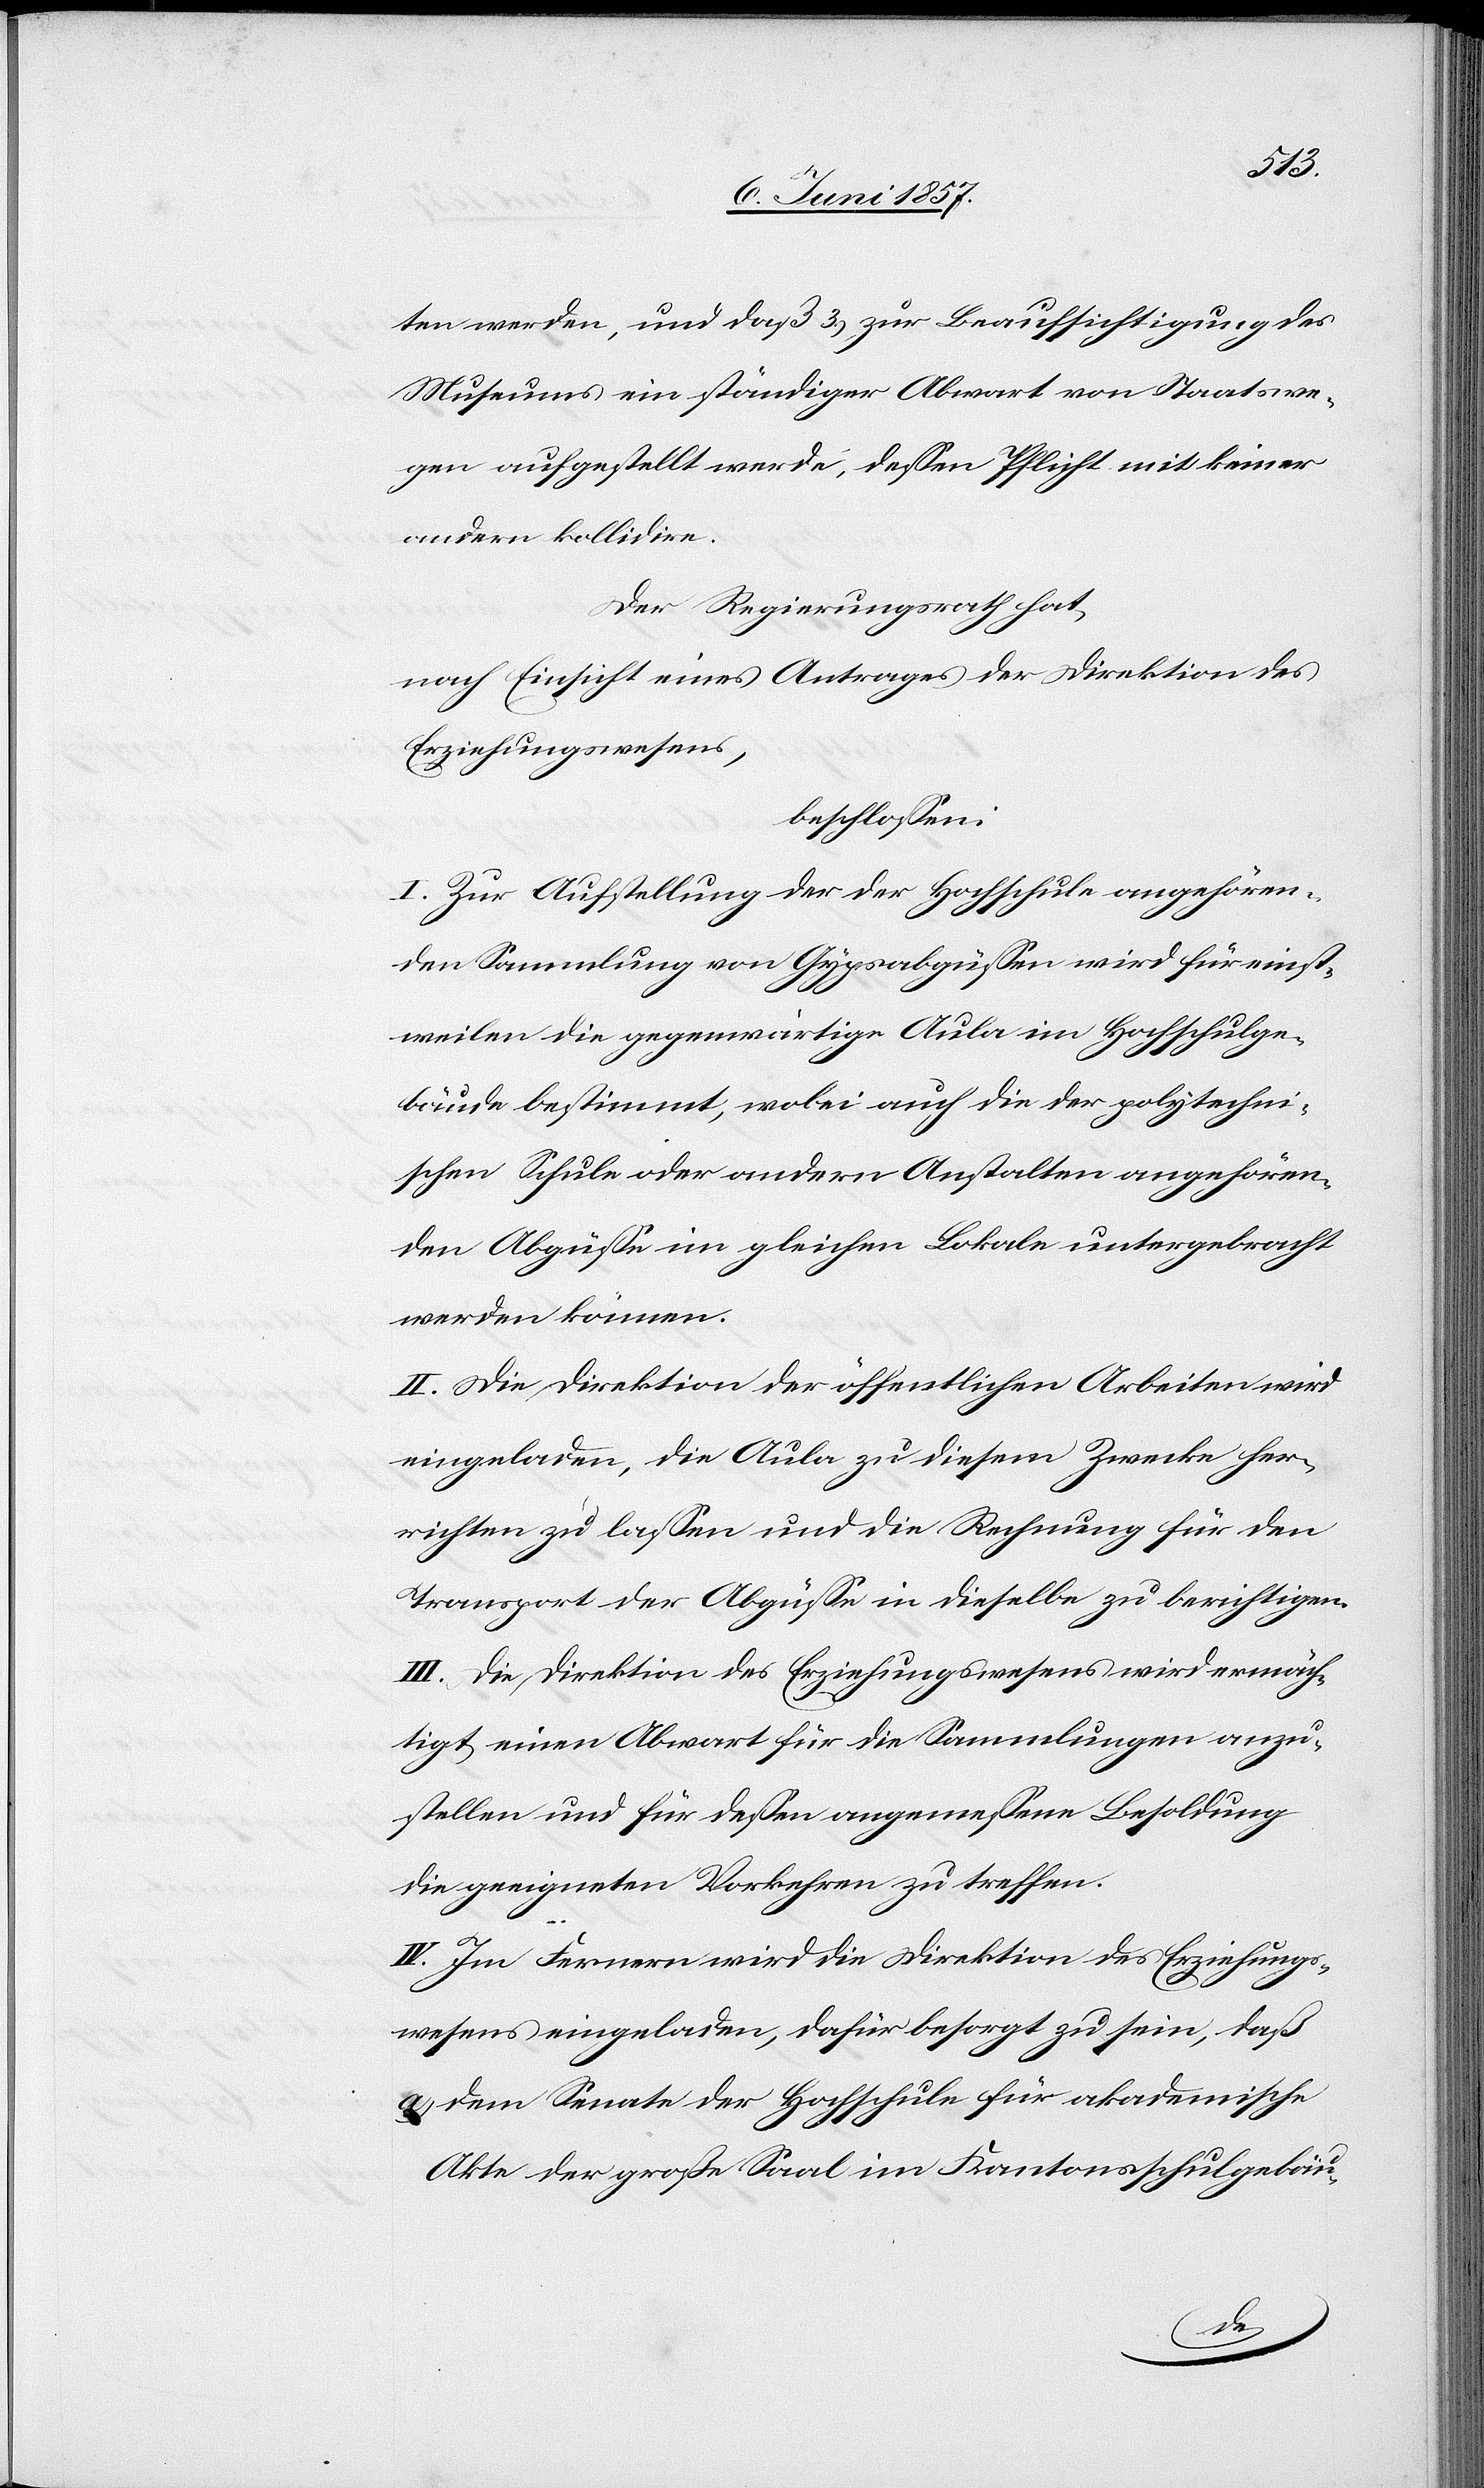
ten werden, und daß 3.) zur Beaufsichtigung des
Museums ein ständiger Abwart von Staatswe¬
gen aufgestellt werde, dessen Pflicht mit keiner
andern kollidire.
Der Regierungsrath hat,
nach Einsicht eines Antrages der Direktion des
Erziehungswesens,
beschlossen:
I. Zur Aufstellung der der Hochschule angehören¬
den Sammlung von Gypsabgüssen wird für einst¬
weilen die gegenwärtige Aula im Hochschulge¬
bäude bestimmt, wobei auch die der polytechni¬
schen Schule oder andern Anstalten angehören¬
den Abgüsse im gleichen Lokale untergebracht
werden können.
II. Die Direktion der öffentlichen Arbeiten wird
eingeladen, die Aula zu diesem Zwecke her¬
richten zu lassen und die Rechnung für den
Transport der Abgüsse in dieselbe zu berichtigen.
III. Die Direktion des Erziehungswesens wird ermäch¬
tigt einen Abwart für die Sammlungen anzu¬
stellen und für dessen angemessene Besoldung
die geeigneten Vorkehren zu treffen.
IV. Im Fernern wird die Direktion des Erziehungs¬
wesens eingeladen, dafür besorgt zu sein, daß
a) dem Senate der Hochschule für akademische
Akte der große Saal im Kantonsschulgebäu-